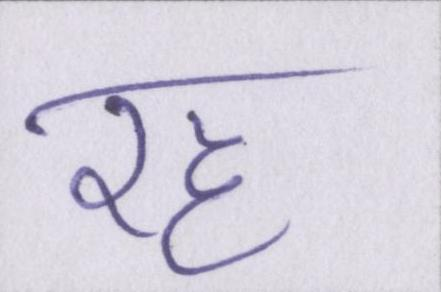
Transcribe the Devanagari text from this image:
रह